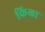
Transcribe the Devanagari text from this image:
किखा